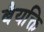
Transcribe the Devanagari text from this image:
बैयक्ति